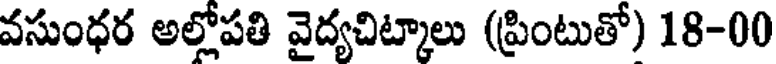
వసుంధర అల్లోపతి వైద్యచిట్కాలు (ప్రింటుతో) 18-00